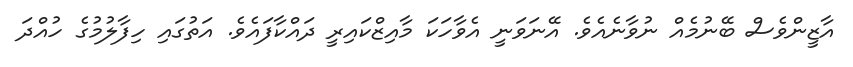
އާޒީންވެސް ބޭނުމެއް ނުވާނެއެވެ. އޭނަވަނީ އެވާހަކަ މާއިޒްކައިރީ ދައްކާފައެވެ. އަތުގައި ހިފާލުމުގެ ހުއްދަ